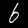
Label: 6